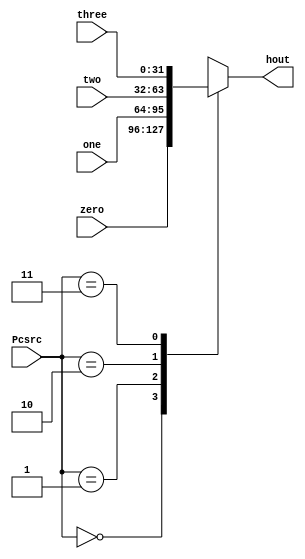
`timescale 1ns / 1ps
//////////////////////////////////////////////////////////////////////////////////
// Company: CMPEN 331
// 
// Design Name: 
// Module Name: ChoosePC
// Project Name: 
// Target Devices: 
// Tool Versions: 
// Description: 
// 
// Dependencies: 
// 
// Revision:
// Revision 0.01 - File Created
// Additional Comments:
// 
//////////////////////////////////////////////////////////////////////////////////


module ChoosePC(Pcsrc, zero, one, two, three, hout);
    input [1:0] Pcsrc;
    input [31:0] zero, one, two, three;
    output reg [31:0] hout;
    
    always @(*)
    begin
        case(Pcsrc)
            2'b00: hout = zero;
            2'b01: hout = one;
            2'b10: hout = two;
            2'b11: hout = three;
        endcase
    end
endmodule